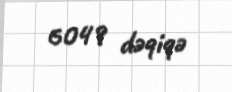
6049 dəqiqə